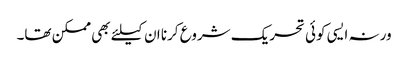
ورنہ ایسی کوئی تحریک شروع کرنا ان کیلئے بھی ممکن تھا۔